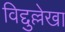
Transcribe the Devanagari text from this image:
विद्दुल्लेखा